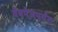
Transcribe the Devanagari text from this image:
वेबपेजपर्यंत